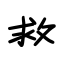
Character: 救